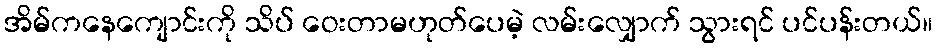
အိမ်ကနေကျောင်းကို သိပ် ဝေးတာမဟုတ်ပေမဲ့ လမ်းလျှောက် သွားရင် ပင်ပန်းတယ်။